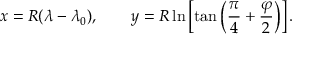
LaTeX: x = R ( \lambda - \lambda _ { 0 } ) , \qquad y = R \ln \left[ \tan \left( { \frac { \pi } { 4 } } + { \frac { \varphi } { 2 } } \right) \right] .